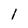
Character: 1